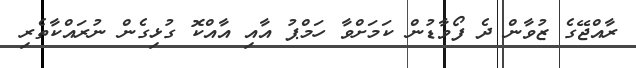
ރާއްޖޭގެ ޒުވާން ދެ ފޯވާޑުން ކަމަށްވާ ހަމްޕު އާއި އާއްކޮ ގުޅިގެން ނުރައްކާތެރި